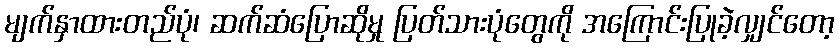
မျက်နှာထားတည်ပုံ၊ ဆက်ဆံပြောဆိုမှု ပြတ်သားပုံတွေကို အကြောင်းပြုခဲ့လျှင်တော့